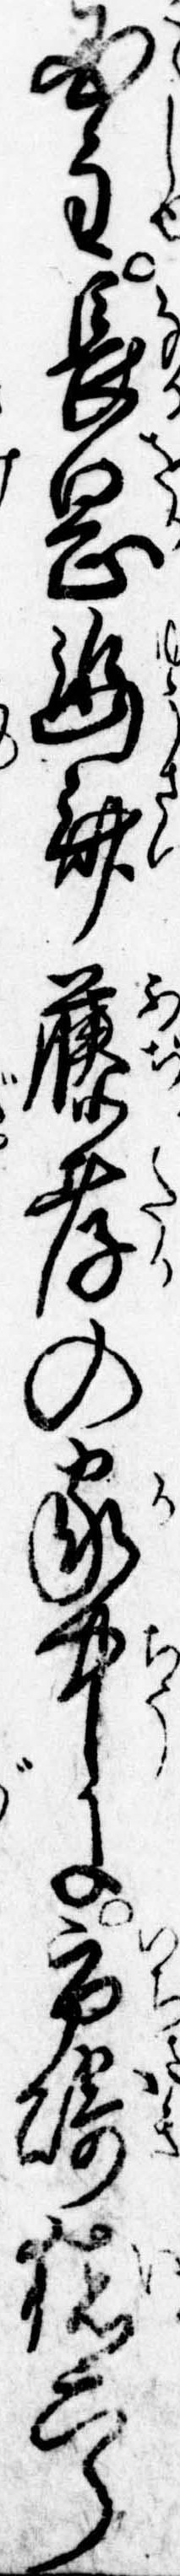
国主長岡幽斎藤孝の家中に市崎猪六郎